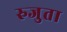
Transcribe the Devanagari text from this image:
रुजुता